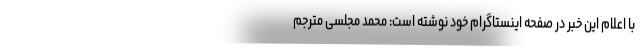
با اعلام این خبر در صفحه اینستاگرام خود نوشته است: محمد مجلسی مترجم